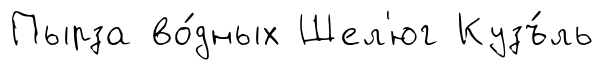
Пырза во́дных Шел'юг Кузъ́ль